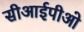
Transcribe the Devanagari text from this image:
सीआईपीओ